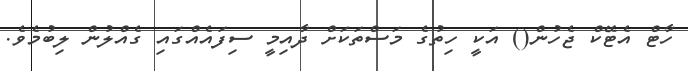
ހާޓް އެޓޭކް ޖެހުން() އަކީ ހިތުގެ މަސްތަކަށް ދާއިމީ ސިފައެއްގައި ގެއްލުން ލިބުމެވެ.